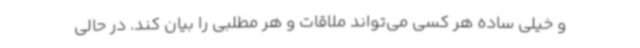
و خیلی ساده هر کسی می‌تواند ملاقات و هر مطلبی را بیان کند. در حالی